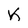
Character: K